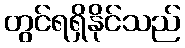
တွင်ရရှိနိုင်သည်